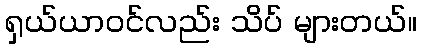
ရှယ်ယာဝင်လည်း သိပ် များတယ်။